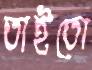
তাইতো